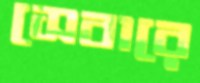
সেবারে